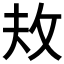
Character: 𪯈